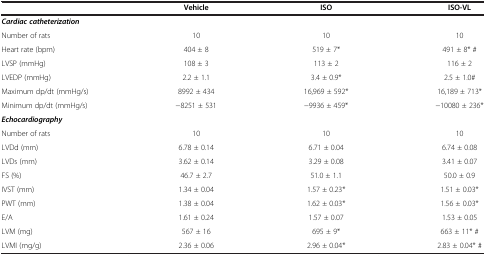
<table><thead><tr><td><b> </b></td><td><b>Vehicle</b></td><td><b>ISO</b></td><td><b>ISO-VL</b></td></tr></thead><tbody><tr><td><b><i>Cardiac catheterization</i></b></td><td> </td><td> </td><td> </td></tr><tr><td>Number of rats</td><td>10</td><td>10</td><td>10</td></tr><tr><td>Heart rate (bpm)</td><td>404 ± 8</td><td>519 ± 7*</td><td>491 ± 8* #</td></tr><tr><td>LVSP (mmHg)</td><td>108 ± 3</td><td>113 ± 2</td><td>116 ± 2</td></tr><tr><td>LVEDP (mmHg)</td><td>2.2 ± 1.1</td><td>3.4 ± 0.9*</td><td>2.5 ± 1.0#</td></tr><tr><td>Maximum dp/dt (mmHg/s)</td><td>8992 ± 434</td><td>16,969 ± 592*</td><td>16,189 ± 713*</td></tr><tr><td>Minimum dp/dt (mmHg/s)</td><td>-8251 ± 531</td><td>-9936 ± 459*</td><td>-10080 ± 236*</td></tr><tr><td><b><i>Echocardiography</i></b></td><td> </td><td> </td><td> </td></tr><tr><td>Number of rats</td><td>10</td><td>10</td><td>10</td></tr><tr><td>LVDd (mm)</td><td>6.78 ± 0.14</td><td>6.71 ± 0.04</td><td>6.74 ± 0.08</td></tr><tr><td>LVDs (mm)</td><td>3.62 ± 0.14</td><td>3.29 ± 0.08</td><td>3.41 ± 0.07</td></tr><tr><td>FS (%)</td><td>46.7 ± 2.7</td><td>51.0 ± 1.1</td><td>50.0 ± 0.9</td></tr><tr><td>IVST (mm)</td><td>1.34 ± 0.04</td><td>1.57 ± 0.23*</td><td>1.51 ± 0.03*</td></tr><tr><td>PWT (mm)</td><td>1.38 ± 0.04</td><td>1.62 ± 0.03*</td><td>1.56 ± 0.03*</td></tr><tr><td>E/A</td><td>1.61 ± 0.24</td><td>1.57 ± 0.07</td><td>1.53 ± 0.05</td></tr><tr><td>LVM (mg)</td><td>567 ± 16</td><td>695 ± 9*</td><td>663 ± 11* #</td></tr><tr><td>LVMI (mg/g)</td><td>2.36 ± 0.06</td><td>2.96 ± 0.04*</td><td>2.83 ± 0.04* #</td></tr></tbody></table>